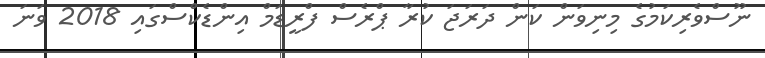
ނޫސްވެރިކަމުގެ މިނިވަން ކަން ދަރަޖަ ކުރާ ޕްރެސް ފްރީޑަމް އިންޑެކްސްގައި 2018 ވަނަ